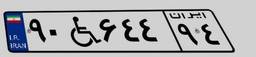
۹۰W۶۴۴۹۴